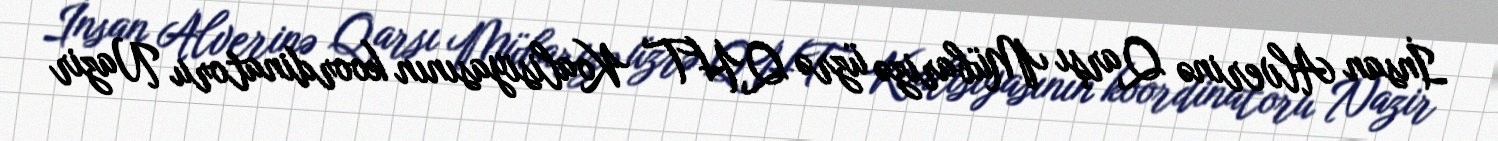
İnsan Alverinə Qarşı Mübarizə üzrə QHT Koalisiyasının koordinatoru Nazir